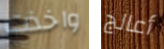
واخذت أعالج